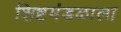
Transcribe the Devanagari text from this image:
शिष्टमंडळाला